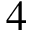
4